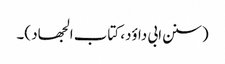
(سنن ابی داؤد، کتاب الجھاد )۔